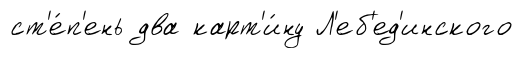
ст'е́п'ень два карт'и́ну Л'еб'ед'инского